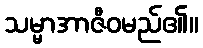
သမ္မာအာဇီဝမည်၏။